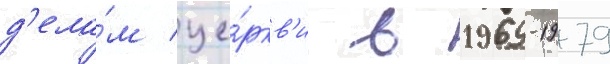
д'ела́м це́ркв'и в 1969-1979